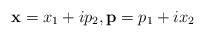
\begin{align*}\textbf{x}=x_1+ip_2,\textbf{p}=p_1+ix_2\end{align*}